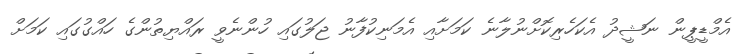
އެމްޑީޕީން ނަޝީދު އެކަހެރިކޮށްނުލާނެ ކަމަށާއި އެމަނިކުފާނު ޖަލުގައި ހުންނެވީ ރައްޔިތުންގެ ހައްގުގައި ކަމަށް